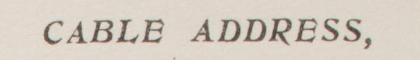
CABLE ADDRESS,